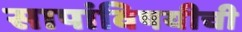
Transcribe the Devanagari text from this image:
सापांविषयीची